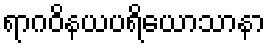
ရာဂဝိနယပရိယောသာနာ